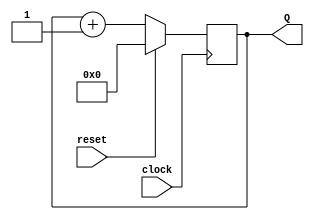
module counter (reset, clock, Q);
	input wire reset, clock;
	output reg [3:0] Q;

	always @(posedge clock)
		if (reset)
			Q <= 'b0;
		else
			Q <= Q + 'b1;
endmodule